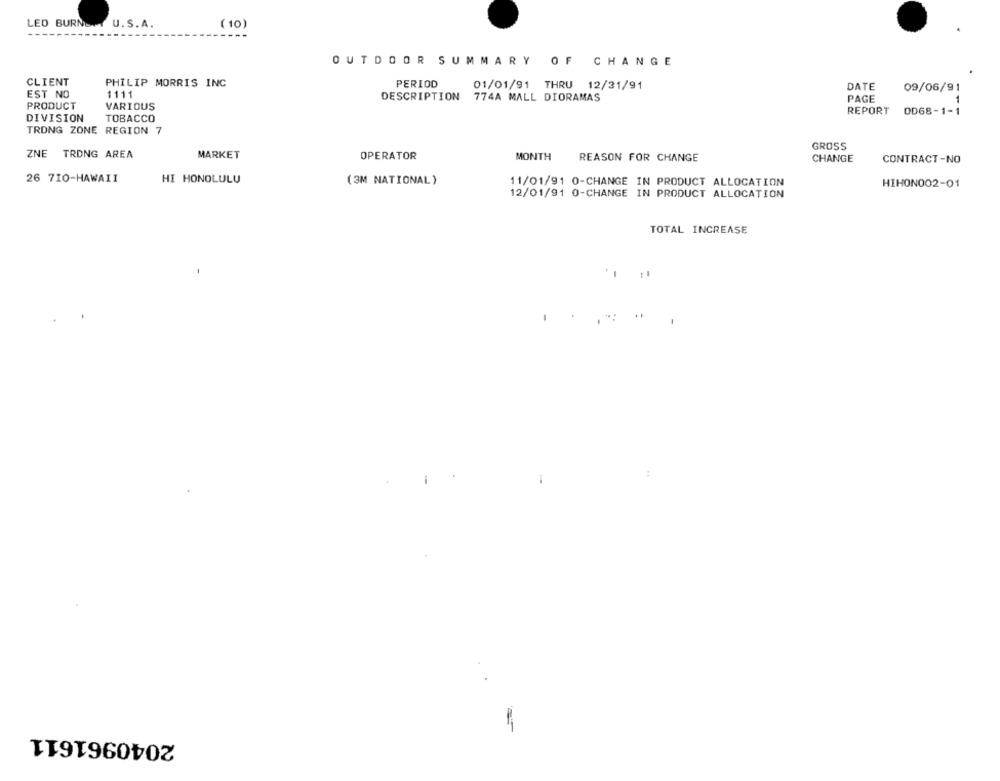
LEO BURNSAT U. S.A.
(10)
OUTDOOR SUMMARY OF CHANGE
CLIENT
PHILIP MORRIS INC
PERIOD
01/01/91 THRU 12/31/91
DATE
09/06/91
EST NO
1111
DESCRIPTION
774A MALL DIORAMAS
PAGE
1
PRODUCT
VARIOUS
REPORT
DIVISION
TOBACCO
OD68-1-1
TRONG ZONE REGION 7
GROSS
ZNE
TRONG AREA
MARKET
OPERATOR
MONTH
REASON FOR CHANGE
CHANGE
CONTRACT-NO
26 710-HAWAII
HI HONOLULU
(3M NATIONAL)
11/01/91 0-CHANGE IN PRODUCT ALLOCATION
HIHON002-01
12/01/91 0-CHANGE IN PRODUCT ALLOCATION
TOTAL INCREASE
-
2040961611